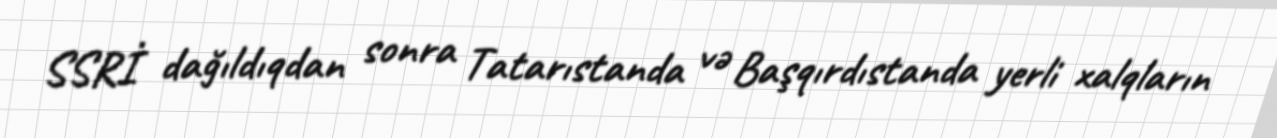
SSRİ dağıldıqdan sonra Tatarıstanda və Başqırdıstanda yerli xalqların